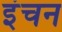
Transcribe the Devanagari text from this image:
इंचन